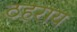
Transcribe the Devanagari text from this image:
ठहराय